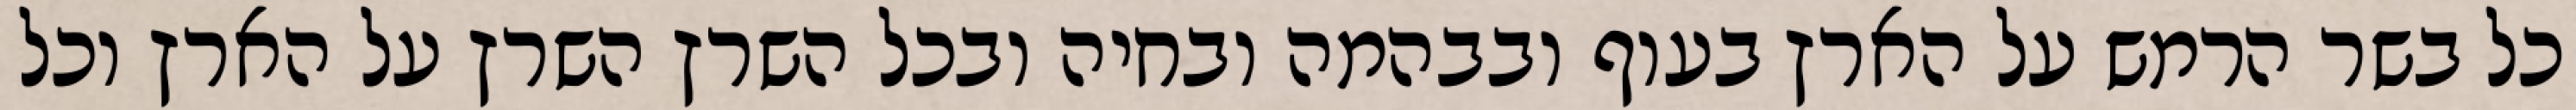
כל בשר הרמש על הארץ בעוף ובבהמה ובחיה ובכל השרץ השרץ על הארץ וכל